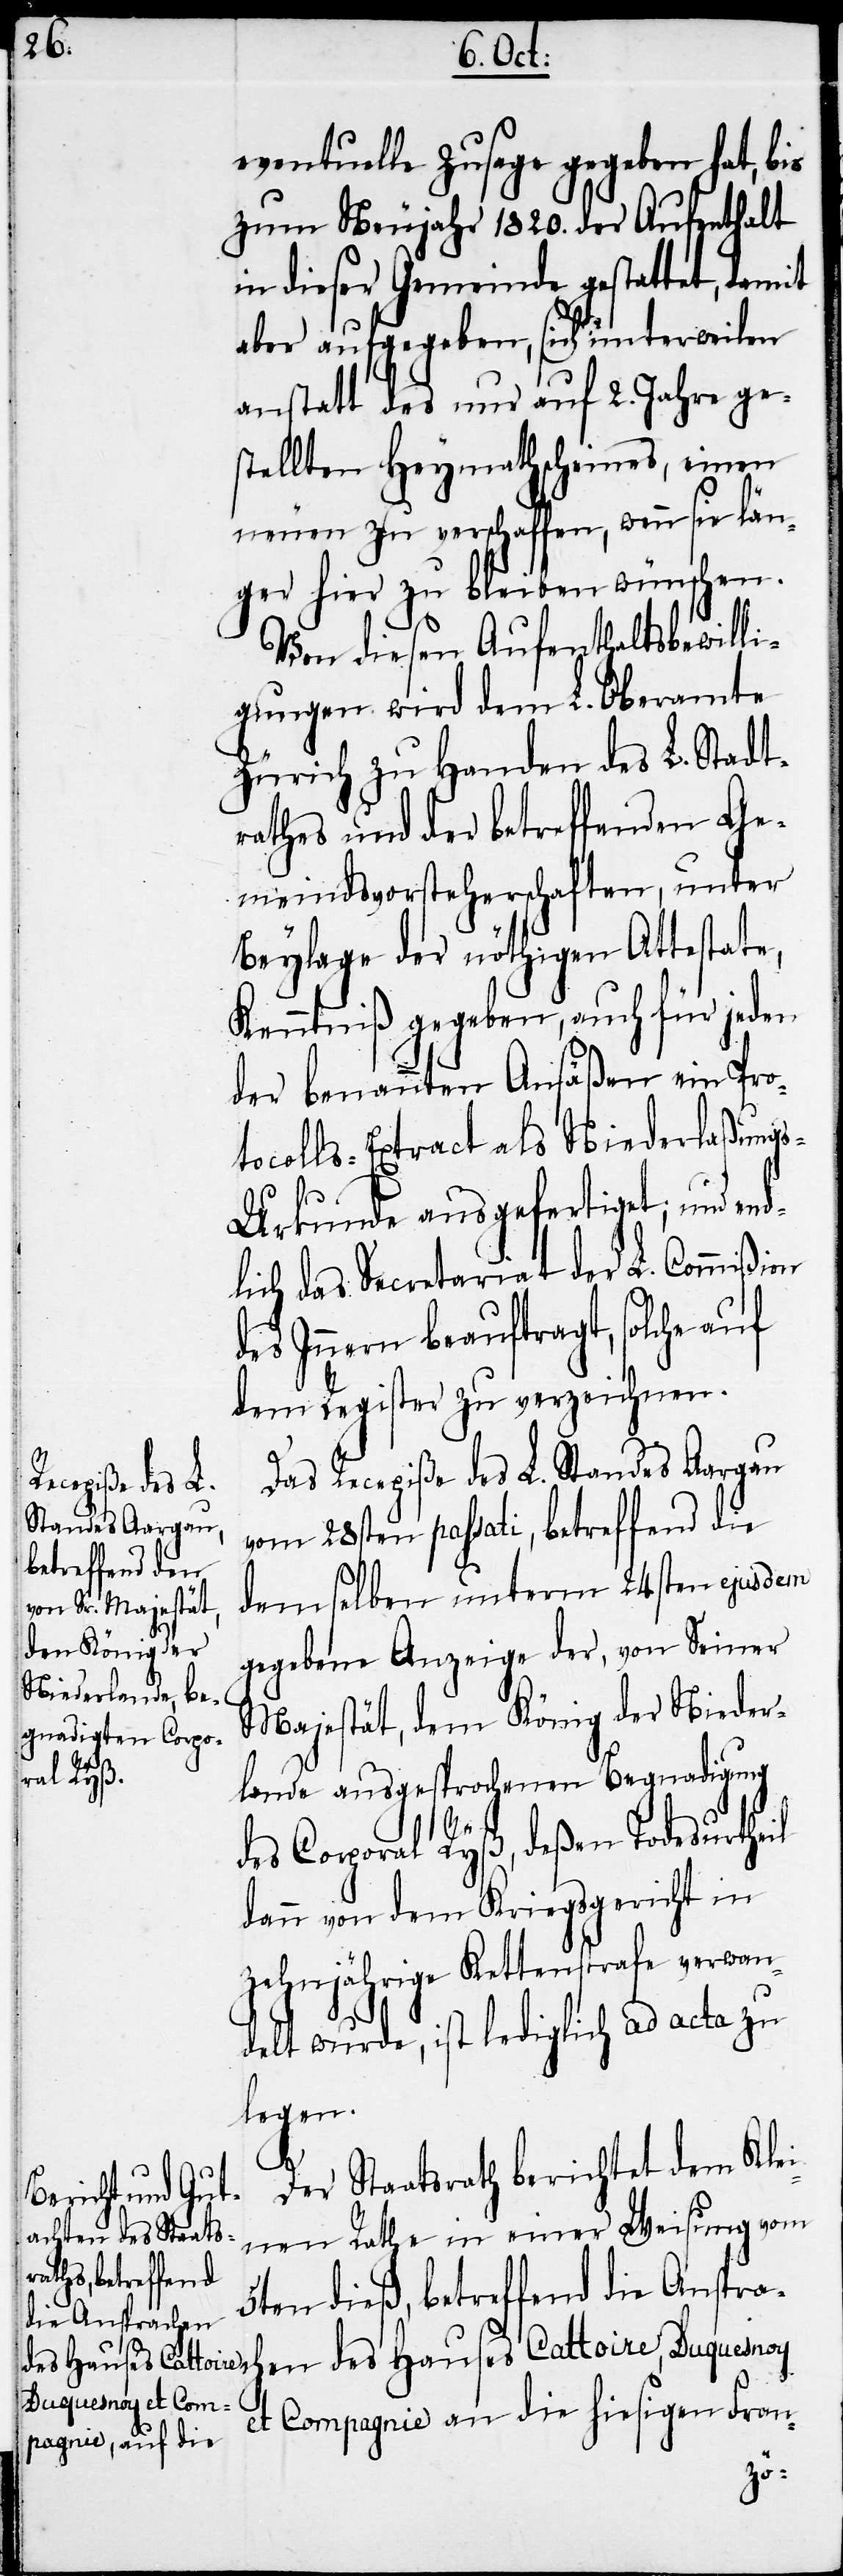
eventuelle Zusage gegeben hat, bis
zum Neujahr 1820. der Aufenthalt
in dieser Gemeinde gestattet, damit
aber aufgegeben, sich unterweilen
anstatt des nur auf 2. Jahre ge¬
stellten Heymathscheines, einen
neuen zu verschaffen, wenn sie län¬
ger hier zu bleiben wünschen.
Von diesen Aufenthaltsbewilli¬
gungen wird dem L. Oberamte
Zürich zu Handen des L. Stadt¬
rathes und der betreffenden Ge¬
meindsvorsteherschaften, unter
Beylage der nöthigen Attestate,
Kenntniß gegeben, auch für jeden
der benannten Ansäßen ein Pro¬
tocolls-Extract als Niederlaßung¬
s-Urkunde ausgefertiget; und end¬
lich das Secretariat der L. Commißion
des Innern beauftragt, solche auf
dem Register zu verzeichnen.
Das Recepiße des L. Standes Aargau
vom 28sten passati, betreffend die
demselben unterm 24sten ejusdem
gegebene Anzeige der, von Seiner
Majestät, dem König der Nieder¬
lande ausgesprochenen Begnadigung
des Corporal Ryß, deßen Todesurtheil
dann von dem Kriegsgericht in
zehnjährige Kettenstrafe verwan¬
delt wurde, ist lediglich ad acta zu
legen.
Der Staatsrath berichtet dem Klei¬
nen Rathe in einer Weisung vom
5ten dieß, betreffend die Anspra¬
chen des Hauses Cattoire, Duquesnoy
et Compagnie an die hiesigen Fran-